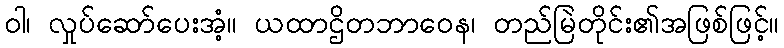
ဝါ၊ လှုပ်ဆော်ပေးအံ့။ ယထာဌိတဘာဝေန၊ တည်မြဲတိုင်း၏အဖြစ်ဖြင့်။